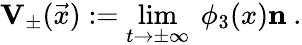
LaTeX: {\mathbf{V}}_{\pm}(\vec{x}):=\operatorname*{lim}_{t\to\pm\infty}\ \phi_{3}(x){\mathbf{n}}~.